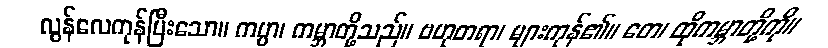
လွန်လေကုန်ပြီးသော။ ကပ္ပာ၊ ကမ္ဘာတို့သည်။ ဗဟုတရာ၊ များကုန်၏။ တေ၊ ထိုကမ္ဘာတို့ကို။